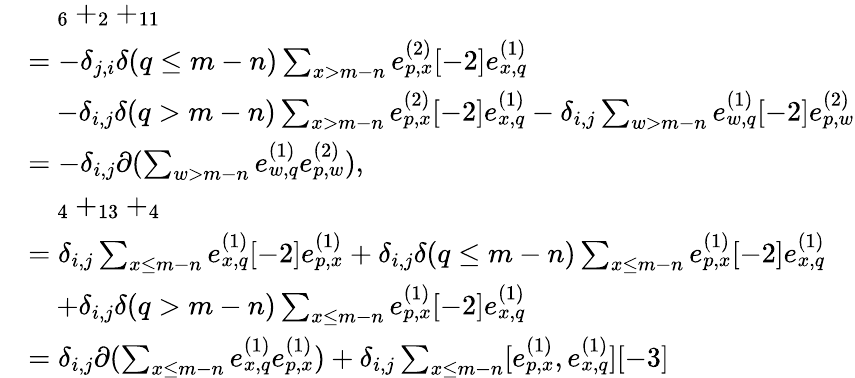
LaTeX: \begin{array}{rl}&{\quad_{6}+_{2}+_{11}}\\ &{=-\delta_{j,i}\delta(q\leq m-n)\sum_{\substack{x>m-n}}e_{p,x}^{(2)}[-2]e_{x,q}^{(1)}}\\ &{\quad-\delta_{i,j}\delta(q>m-n)\sum_{x>m-n}e_{p,x}^{(2)}[-2]e_{x,q}^{(1)}-\delta_{i,j}\sum_{w>m-n}e_{w,q}^{(1)}[-2]e_{p,w}^{(2)}}\\ &{=-\delta_{i,j}\partial(\sum_{w>m-n}e_{w,q}^{(1)}e_{p,w}^{(2)}),}\\ &{\quad_{4}+_{13}+_{4}}\\ &{=\delta_{i,j}\sum_{x\leq m-n}e_{x,q}^{(1)}[-2]e_{p,x}^{(1)}+\delta_{i,j}\delta(q\leq m-n)\sum_{x\leq m-n}e_{p,x}^{(1)}[-2]e_{x,q}^{(1)}}\\ &{\quad+\delta_{i,j}\delta(q>m-n)\sum_{x\leq m-n}e_{p,x}^{(1)}[-2]e_{x,q}^{(1)}}\\ &{=\delta_{i,j}\partial(\sum_{x\leq m-n}e_{x,q}^{(1)}e_{p,x}^{(1)})+\delta_{i,j}\sum_{x\leq m-n}[e_{p,x}^{(1)},e_{x,q}^{(1)}][-3]}\end{array}